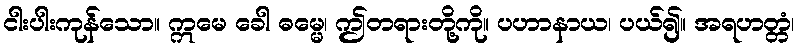
ငါးပါးကုန်သော။ ဣမေ ခေါ ဓမ္မေ၊ ဤတရားတို့ကို။ ပဟာနာယ၊ ပယ်၍။ အရဟတ္တံ၊